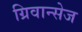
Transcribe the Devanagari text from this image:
ग्रिवान्सेज